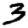
Digit: 3